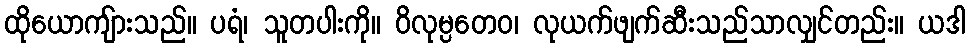
ထိုယောကျ်ားသည်။ ပရံ၊ သူတပါးကို။ ဝိလုမ္ပတေဝ၊ လုယက်ဖျက်ဆီးသည်သာလျှင်တည်း။ ယဒါ